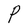
Character: P